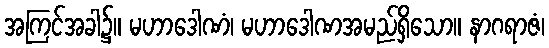
အကြင်အခါ၌။ မဟာဒေါဏံ၊ မဟာဒေါဏအမည်ရှိသော။ နာဂရာဇံ၊